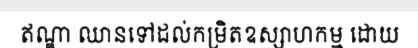
ឥណ្ឌា ឈានទៅដល់កម្រិតឧស្សាហកម្ម ដោយ